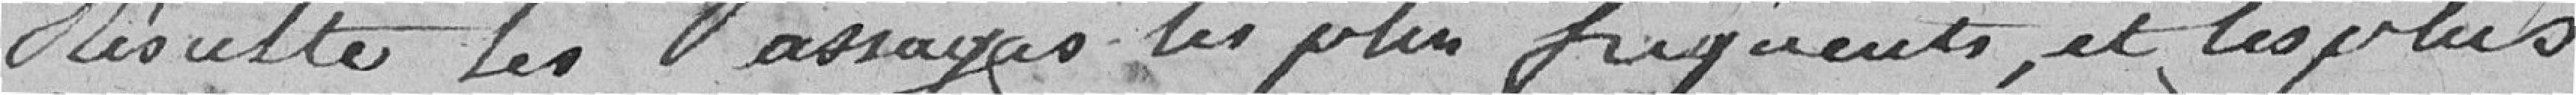
résulte les passages les plus fréquentés, et les plus